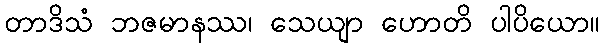
တာဒိသံ ဘဇမာနဿ၊ သေယျာ ဟောတိ ပါပိယော။